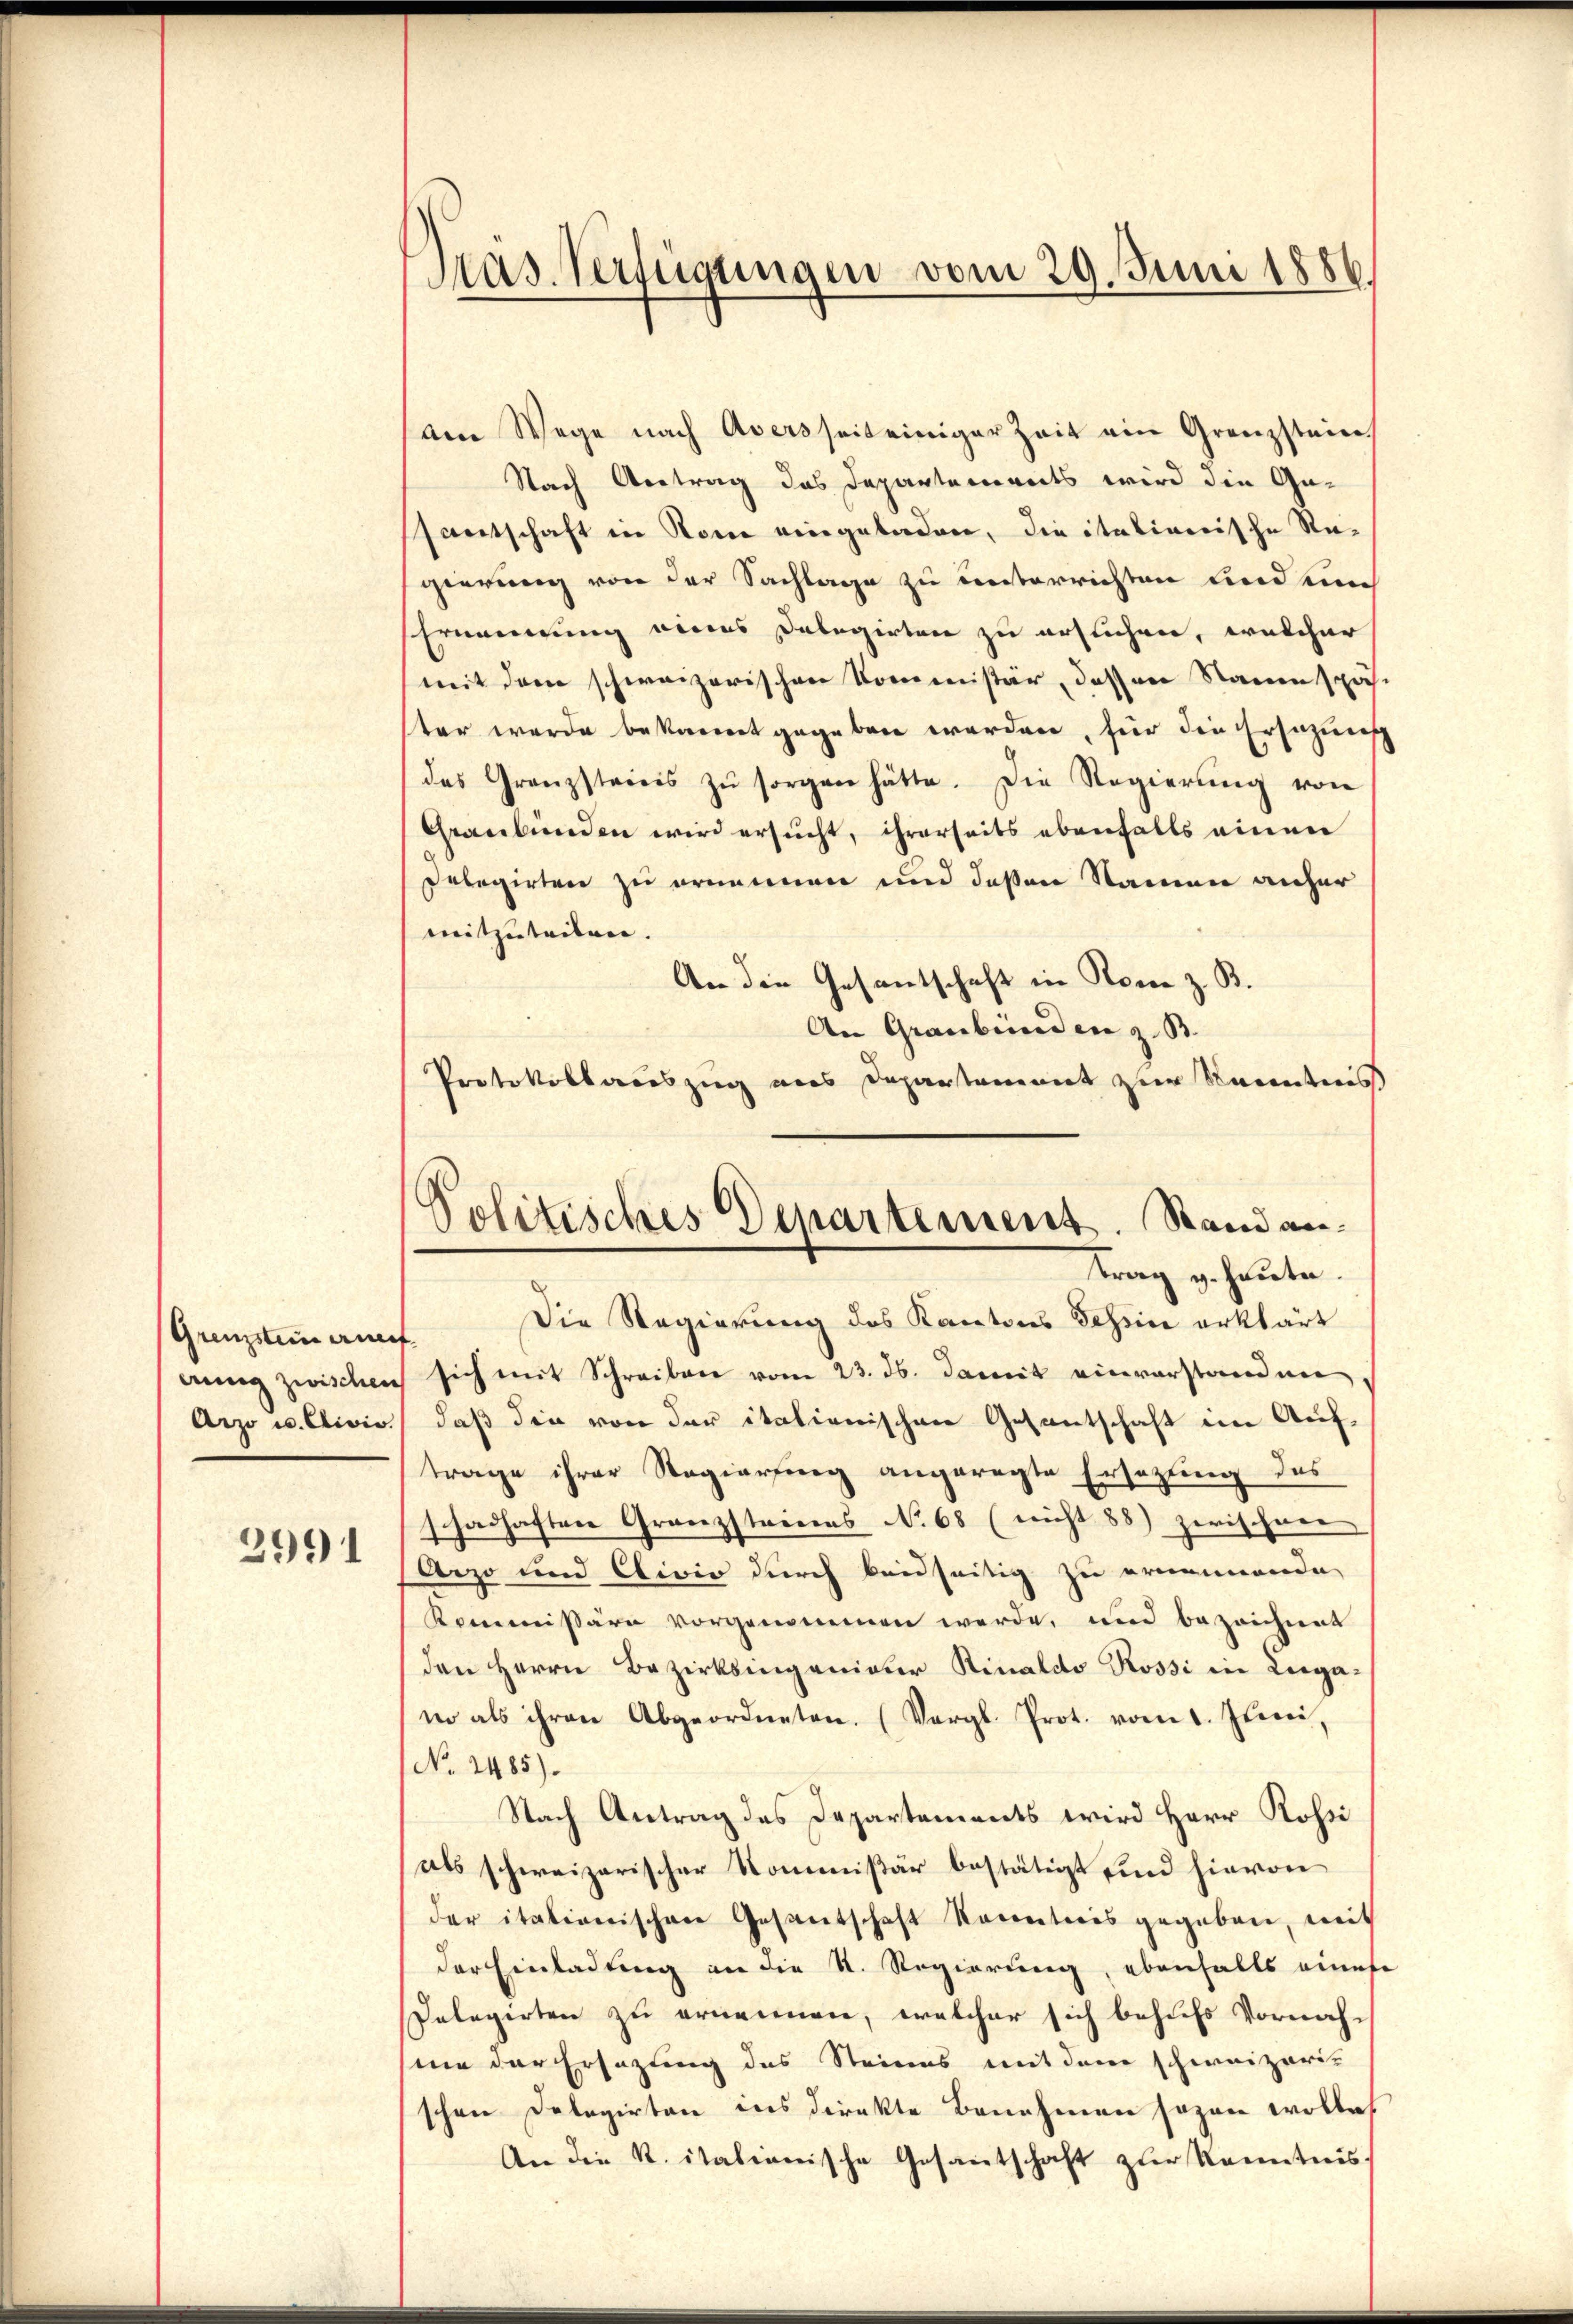
Grenzstein erneif
eiung zwischen
Arzo u. Civis.
2991

Pras-Verfügungen vom 29. Juni 1886.

am Wege nach Aversseit einiger Zeit ein Grenzstein
Nach Antrag das Departements wird die Ge-
ssantschaft in Rom eingeladen, die italienische Regierung von der Sachlage zu unterrichten und ein
Ernennung eines Delegirten zu ersuchen, welcher
mit dem schweizerischen Kommissär, dessen Raumspach
ter werde bekannt gegeben werden, für die Ersezung
das Granzsteinis zŭ sorgen hätte. Die Regierŭng von
Graubünden wird ersucht, ihrerseits ebenfalls einen
Delegirten zu ernennen und deßen Namen anher
mitzuteilen.
An die Gesantschaft in Romie z. B.
An Graubünden z. B.
Protokollauszug aus Departement zur Kenntnis
Die Regierung des Kantons Schein erklärt
sich mit Schreiben vom 23. ds. Damit einverstanden
daß die von der italienischen Gesantschaft im Auftrage ihrer Regierung angeregte Ersetzung des
schadhaften Granzstreuens No 68 (nicht 88) zwischene
s
Arzo und Clivio durch beidseitig zu ernennende
Kommissäre vorgenommen werde, und bezeichnen
den Herrn Bezirksingeniater Rinaldo Rossi in Liegawo als ihren Abgeordneten. (Vergl. Prot. vom 1. Juni,
No. 2485).
Nach Antrag des Departements wird Herr Rossi
als schweizerischer Kommißär bestätigt und hievon
der itationischen Gesantschaft Kenntnis gegeben, mit
der Einladung an die N. Regierung, ebenfalls eines
Delegirten zu ernennen, welcher sich behufs Vornah-
sine der Ersezung des Steines mit dem schweizeris
schon Delegirten ins direkte Benehmen sozan wolle
An die K. italienische Gesantschaft zur Kenntnis,

Politisches Departement. Stand an¬
Trag v. heute.